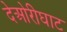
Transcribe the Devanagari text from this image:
देओरीघाट